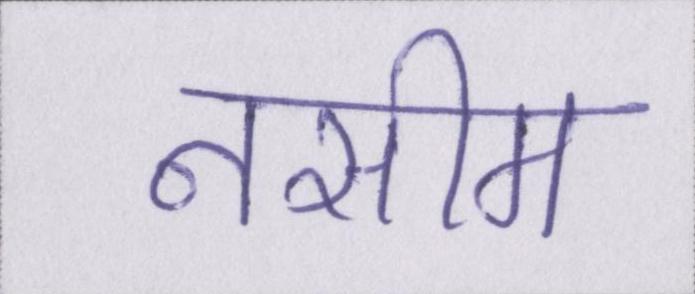
नसीम